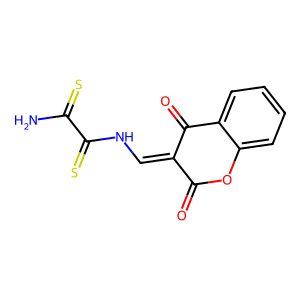
SMILES: NC(=S)C(=S)NC=C1C(=O)Oc2ccccc2C1=O
Inhibits HIV replication: No